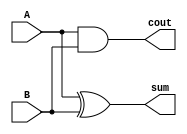
module ha(sum,cout,A,B);
  output sum,cout;
  input A,B;
  
  wire sum,cout;
  xor G1 (sum,A,B);
  and G2 (cout,A,B);
  
endmodule

module fa(sum,cout,A,B,Cin);
  output sum,cout;
  input  A,B,Cin;
  
  wire sum,cout;
  wire t1,t2,t3;
  
  xor G1 (sum,A,B,Cin);
  and G2 (t1,A,B);
  and G3 (t2,B,Cin);
  and G4 (t3,A,Cin);
  or  G5 (cout,t1,t2,t3);
  
endmodule

module xfa1 (cout1,cout0,sum,a,b,c,d);
input a,b,c,d;
output cout1,cout0,sum;
wire cout1,cout0,sum;

  fa G1(c0,s0,a,b,c);
  ha G2 (c1,sum,s0,d);
  ha G3 (cout1,cout0,c0,c1);

endmodule